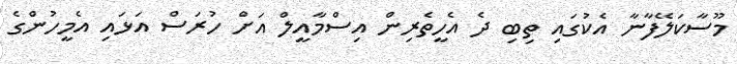
މޫސާކަލޭފާނާ އެކުގައި ތިބި ދެ އެހީތެރިން އިސްމާއީލް އަށް ހުރަސް އަޅައި އެމީހުންގެ